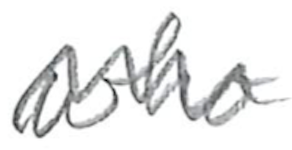
Text: who
Cross-out: wave
Writing tool: pencil